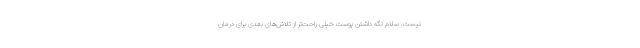
نیست. سلام نگه داشتن پوست خیلی راحت‌تر از تلاش‌های بعدی برای درمان